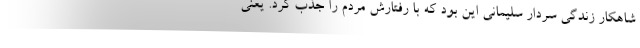
شاهکار زندگی سردار سلیمانی این بود که با رفتارش مردم را جذب کرد. یعنی